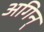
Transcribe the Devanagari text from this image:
अगिन्